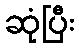
ဆုံပြီး